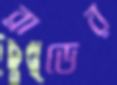
ব্রাডের